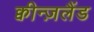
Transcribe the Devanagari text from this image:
क्वीन्ज़लैंड